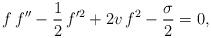
LaTeX: \begin{align*}f\, f^{\prime \prime}- \frac{1}{2}\,f^{\prime 2} +2v \, f^2- \frac \sigma 2=0,\end{align*}